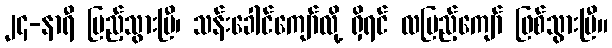
၂၄-နာရီ ပြည့်သွားပြီ၊ သန်းခေါင်ကျော်လို့ ရှိရင် လပြည့်ကျော် ဖြစ်သွားပြီ။